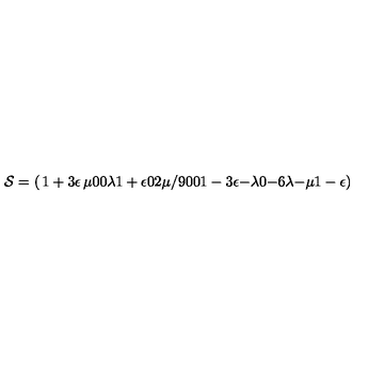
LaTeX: { \cal S } = \left( \begin{matrix} { 1 + 3 \epsilon } & { \mu } & { 0 } & { 0 } \\ { \lambda } & { 1 + \epsilon } & { 0 } & { 2 \mu / 9 } \\ { 0 } & { 0 } & { 1 - 3 \epsilon } & { - \lambda } \\ { 0 } & { - 6 \lambda } & { - \mu } & { 1 - \epsilon } \\ \end{matrix} \right)